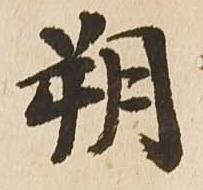
朔